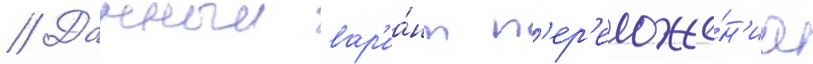
// Данныи вар'иа́нт п'ер'еложе́н'иа